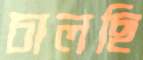
চালছি